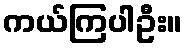
ကယ်ကြပါဦး။